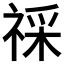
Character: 𥚖